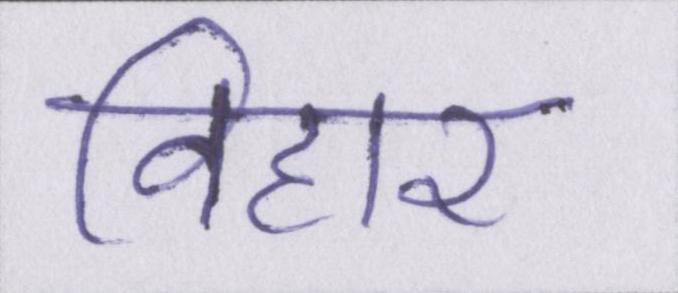
विहार